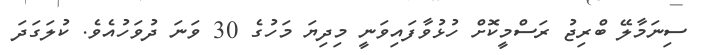
ސިނަމާލޭ ބްރިޖު ރަސްމީކޮށް ހުޅުވާފައިވަނީ މިދިޔަ މަހުގެ 30 ވަނަ ދުވަހުއެވެ. ކުލަގަދަ